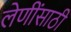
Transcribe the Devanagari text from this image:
लेणींसाठी